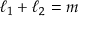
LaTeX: \ell _ { 1 } + \ell _ { 2 } = m